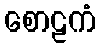
စောဠကံ